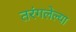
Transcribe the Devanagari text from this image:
तरंगलेल्या